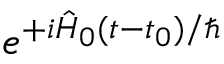
e ^ { + i \hat { H } _ { 0 } ( t - t _ { 0 } ) / \hbar }